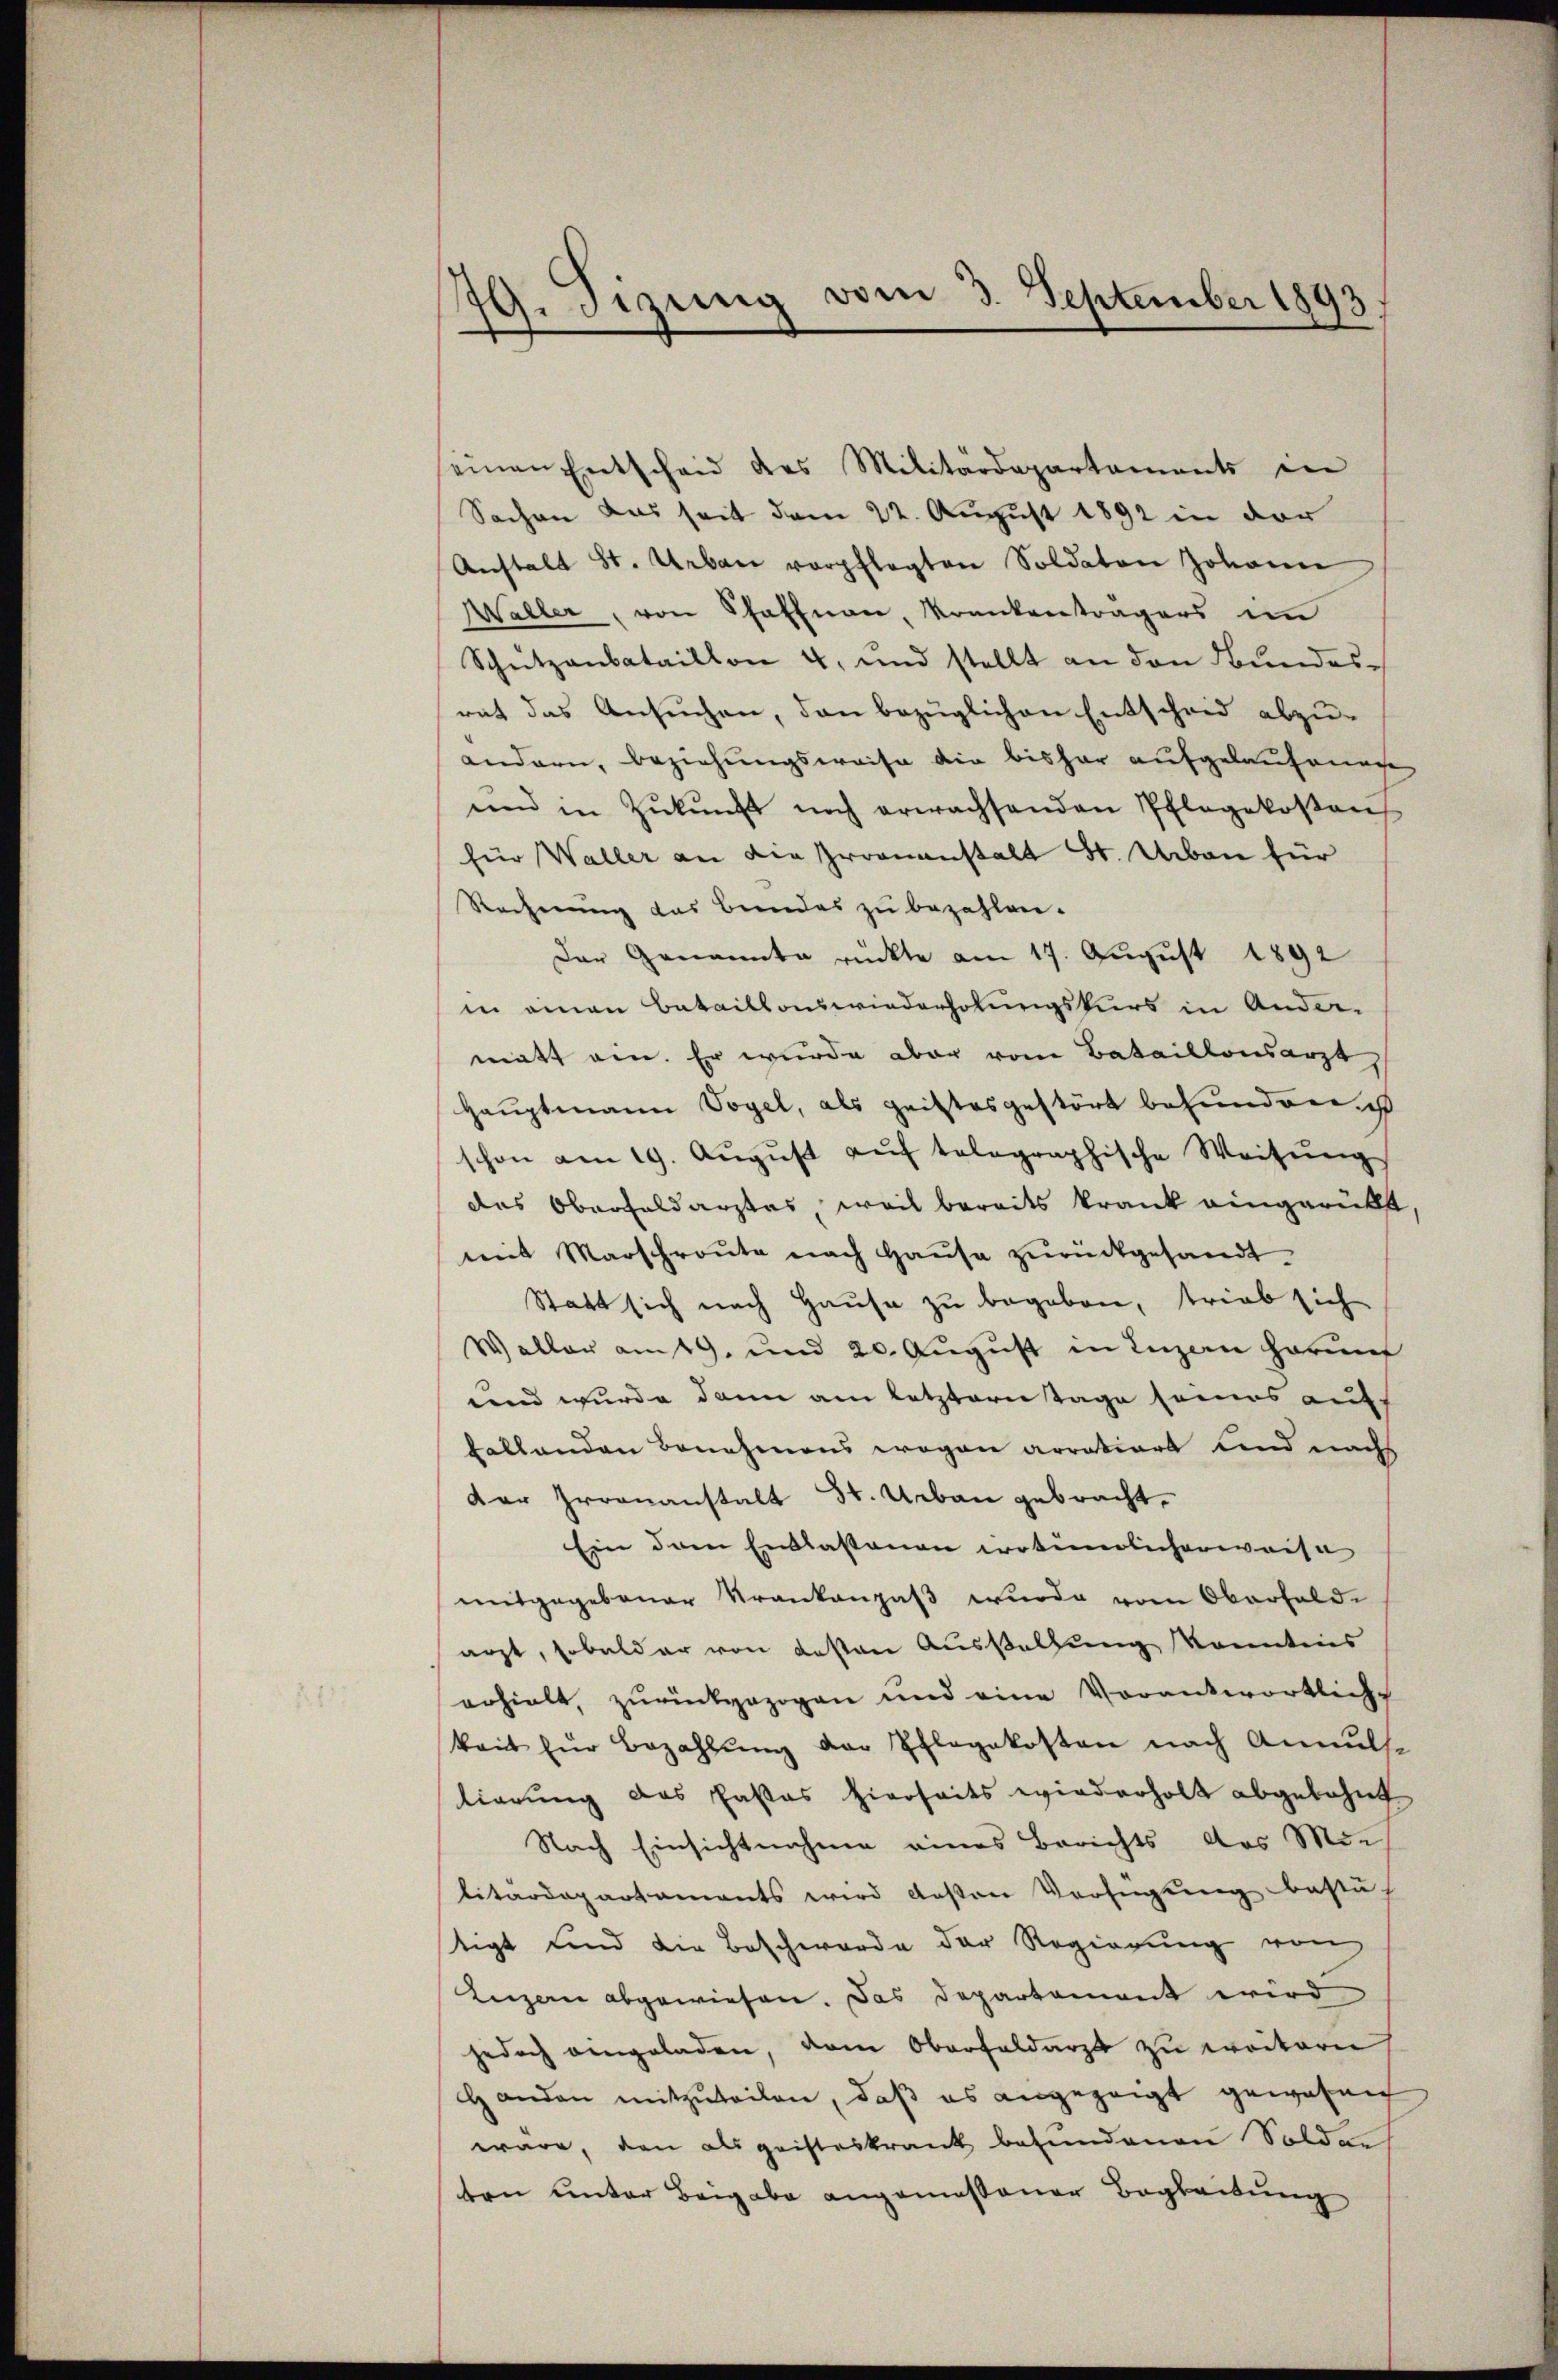
Gisizung vom 3. September 1893.

einen Entscheid des Militärdepartaments in
Sachen das seit dem 22. August 1892 in der
Anstalt St. Urban verpflegten Soldaten Johann
Waller, von Schaffnen, Krankenträgers im
Schützenbataillon 4, und stellt an den Bundes-
rat das Ansuchen, den bezüglichen Entscheid abzuandern, beziehungsweise die bisher aufgelaufenen
und in Zŭkŭnft noch erwachsenden Pflegekostens
für Waller an die Groananstalt St. Urban für
Rechnung das Bundes zu bezahlen.
Der Genannte rückte am 17. August 1892
in einen Bataillonswiederholungskurs in Ander-
matt ein. Er wurde aber vom Bataillonsarzt,
Hauptmann Vogel, als geistesgestört befunden, ist
schon am 19. Aŭgŭst aŭf tolographische Weisŭng
das Oberfaldarztes, weil bereits krank eingerükt
mit Marschroute nach Haŭse zŭrückgesandt
Statt sich nach Hause zu begeben, trieb sich
Waller am 19. und 20. August in Luzern Harunf
tend wurde dann am letztern Tage seines auf¬
Fallenden Benehmens wegen arratiort und nach
der Irrenanstalt 34. Urbau gebracht.
Ein dem Entlastenen irrtümlicherweise
mitgegebener Krankengaβ wurde vom Oberfeld-
arzt, sobalder von besten Aussetzung kanntnis
erhielt, zurückgezogen und eine Vorantwortliche
keit für Bezahlŭng der Pflegekosten nach Annŭts-
lierung des Fastes hierseits wiederholt abgelehnt
Nach Einsichtnahme eines Berichts das Mie
litärdepartaments wird deßen Verfügung bestätigt und die Beschwerde der Regierung von
Luzern abgewiesen. Das Departement wird
jedoch angeladen, dem Oberfeldarzt zu weitern,
Handen mitzuteilen, daß es angezeigt gewesen
wäre, den als geisteskrank befundenen Solden
ten unter Beigabe angemessener Begleitung